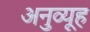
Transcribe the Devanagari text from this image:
अनुव्यूह